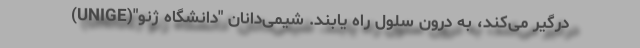
درگیر می‌کند، به درون سلول راه یابند. شیمی‌دانان "دانشگاه ژنو"(UNIGE)